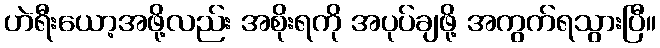
ဟဲရီးယော့အဖို့လည်း အစိုးရကို အပုပ်ချဖို့ အကွက်ရသွားပြီ။